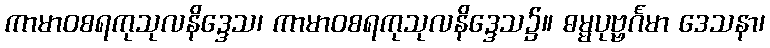
ကာမာဝစရကုသုလနိဒ္ဒေသ၊ ကာမာဝစရကုသုလနိဒ္ဒေသ၌။ ဓမ္မပုဗ္ဗင်္ဂမာ ဒေသနာ၊